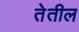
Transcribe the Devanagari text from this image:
तेतील